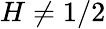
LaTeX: H\neq 1/2